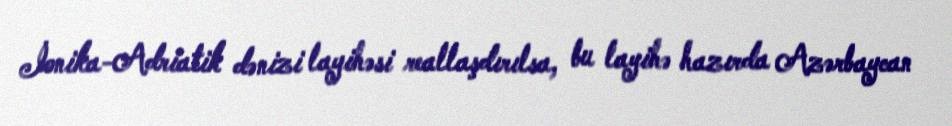
İonika-Adriatik dənizi layihəsi reallaşdırılsa, bu layihə hazırda Azərbaycan